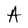
Character: A